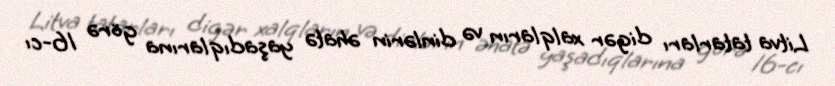
Litva tatarları digər xalqların və dinlərin əhatə yaşadıqlarına görə 16-cı